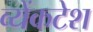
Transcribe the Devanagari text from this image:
व्येंकटेश